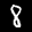
Label: 8